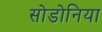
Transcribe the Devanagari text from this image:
सोडोनिया